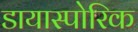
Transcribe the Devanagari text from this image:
डायास्पोरिक